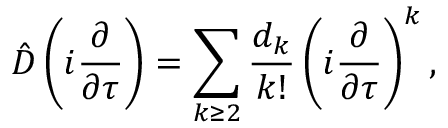
\hat { D } \left( i \frac { \partial } { \partial \tau } \right) = \sum _ { k \geq 2 } \frac { d _ { k } } { k ! } \left( i \frac { \partial } { \partial \tau } \right) ^ { k } ,